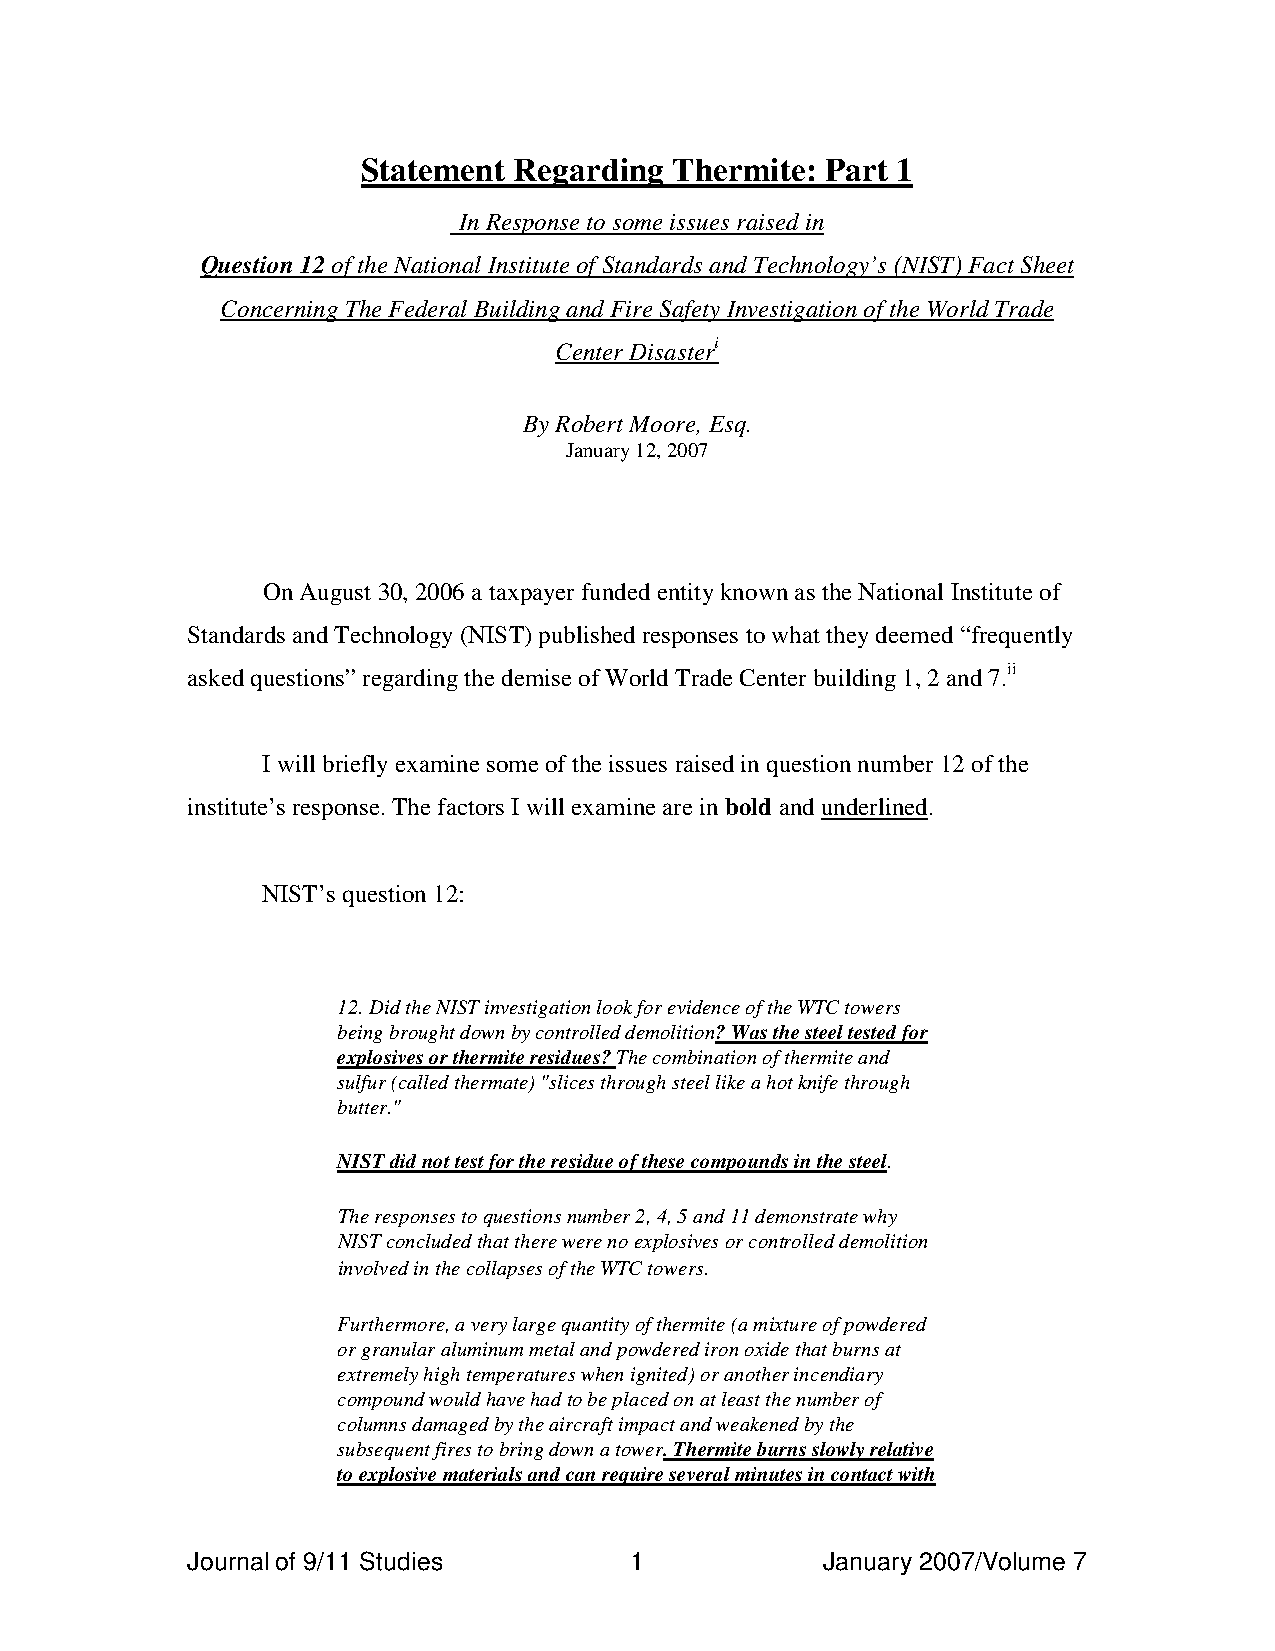
Statement Regarding  Thermite: Part 1
 In Response to some issues raised in
 Question 12 of the National Institute of Standards and Technology’s (NIST) Fact Sheet
 Concerning The Federal Building and Fire Safety Investigation of the World Trade
 Center Disasteri
 By Robert Moore, Esq.
 January 12, 2007
 On August 30, 2006 a taxpayer funded entity known as the National Institute of
 Standards and Technology (NIST) published responses to what they deemed “frequently
 asked questions” regarding the demise of World Trade Center building 1, 2 and 7.ii
 I will briefly examine some of the issues raised in question number 12 of the
 institute’s response. The factors I will examine are in bold and underlined.
 NIST’s question 12:
 12. Did the NIST investigation look for evidence of the WTC towers
 being brought down by controlled demolition? Was the steel tested for
 explosives or thermite residues? The combination of thermite and
 sulfur (called thermate) "slices through steel like a hot knife through
 butter."
 NIST did not test for the residue of these compounds in the steel.
 The responses to questions number 2, 4, 5 and 11 demonstrate why
 NIST concluded that there were no explosives or controlled demolition
 involved in the collapses of the WTC towers.
 Furthermore, a very large quantity of thermite (a mixture of powdered
 or granular aluminum metal and powdered iron oxide that burns at
 extremely high temperatures when ignited) or another incendiary
 compound would have had to be placed on at least the number of
 columns damaged by the aircraft impact and weakened by the
 subsequent fires to bring down a tower. Thermite burns slowly relative
 to explosive materials and can require several minutes in contact with
 Journal of 9/11 Studies       1            January 2007/Volume 7